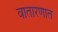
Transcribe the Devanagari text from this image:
वातारणात